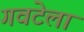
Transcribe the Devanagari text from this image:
गवटेला